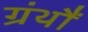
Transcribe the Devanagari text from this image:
ग्रंथौं